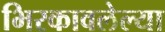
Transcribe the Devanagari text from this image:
भिरकावलेल्या